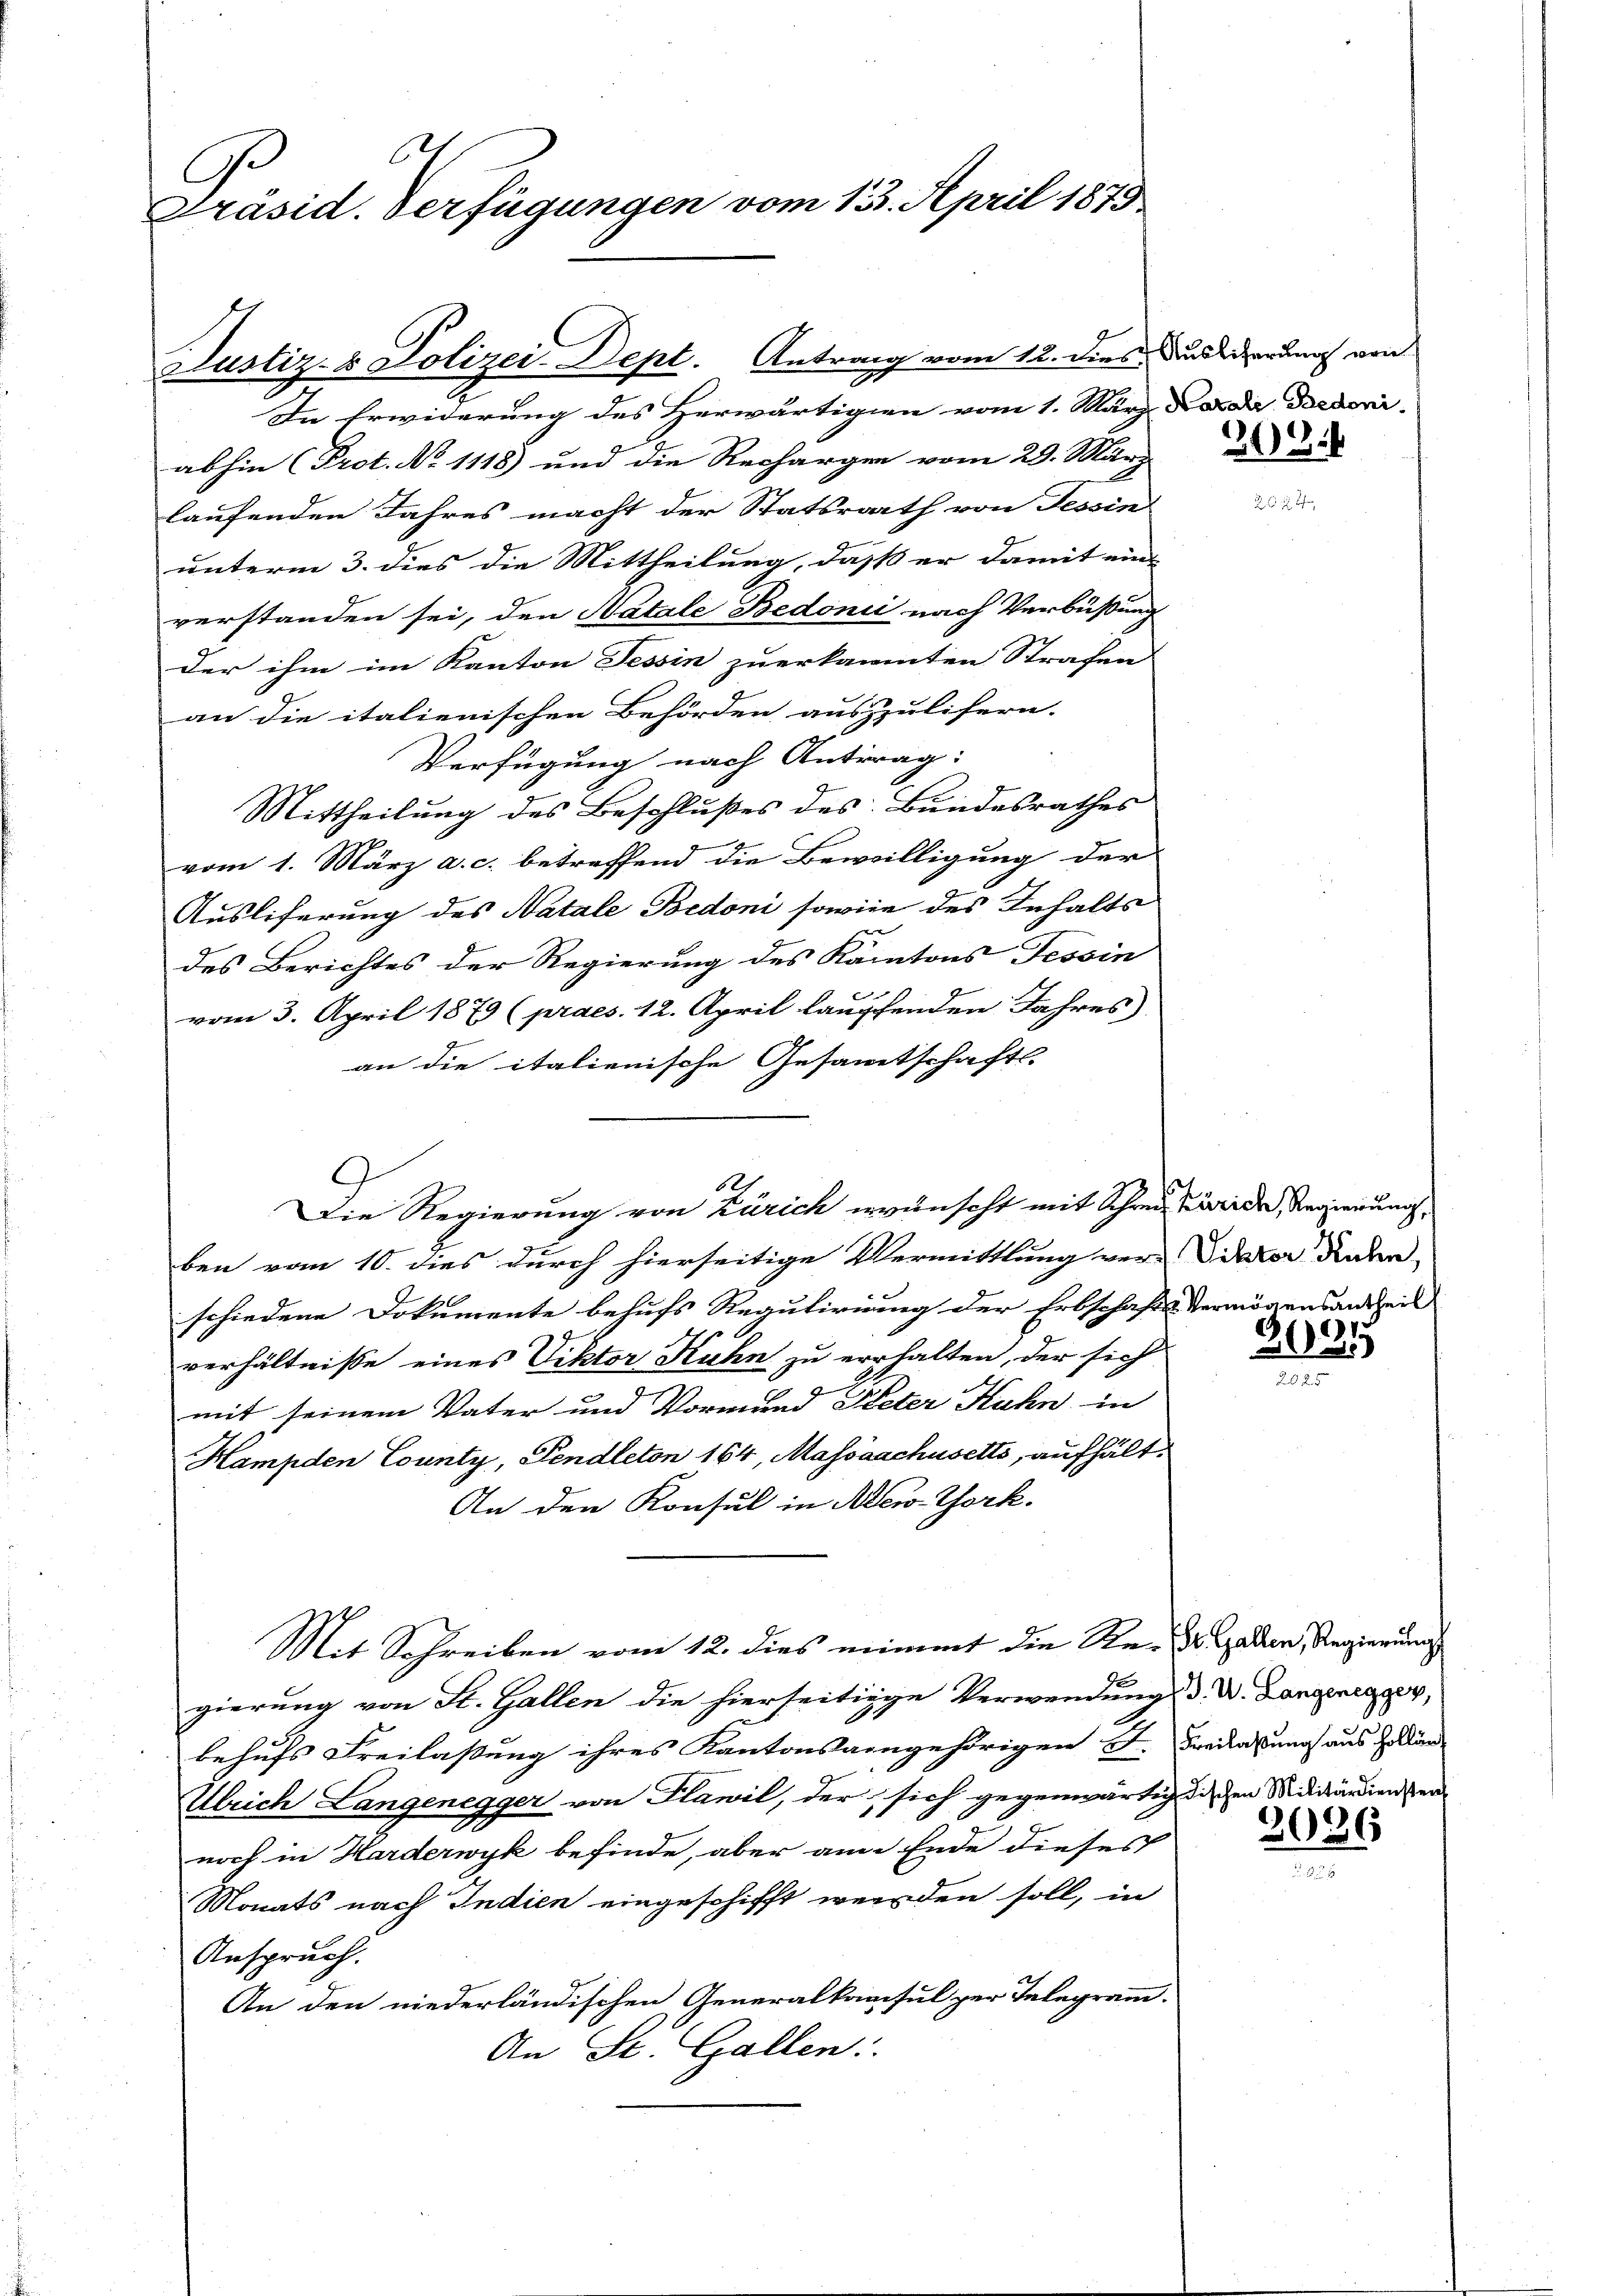
6
C
Präsid. Verfügungen vom 13. April 1873

.
In Erwiderung des Herwärtigen vom 1. März da der Doctorii
abhin (Prot. No 1118) und die Rechargen vom 29. März
laufenden Jahres macht der Statsrath von Tessin
unterm 3. dies die Mittheilung, daß er damit ein
verstanden sei, den Natale Bedonii nach Verbüßung
der ihm im Kanton Tessin zu erkannten Strafen
an die italienischen Behörden auszulifern.
Verfügung nach Antrag:
Mittheilung des Beschlußes des Bundesrathes
vom 1. März a. c. betreffend die Bewilligung der
Ausliferung des Natale Bedoni sowie des Inhalts
H
des Berichtes der Regierung des Kantons Tessin
vom 3. April 1879 (praes. 12. April laupfenden Jahres
an die italienische Gesammtschaftl
g
ben vom 10. dies durch hierseitige Vermittlung ver-Pater Inden
schiedene Dokumente behufs Regulirung der Erbschafts Vermögensantheil
verhältnisse eines Viktor Kuhn zu erhalten, der sich
mit seinem Vater und Vormund Peter Kuhn in
Hampden County, Fendleton 164, Massaschusetts, aufhält-
An den Konsul in New-York.
Mit Schreiben vom 12. dies nimmt die Re- Gaden, Regierungs
gierung von St. Gallen die hierseitige Verwendung d. D. Langenegger,
behufs Freilaßung ihres Kantonsangehörigen Fr. Freilassung aus E. Stän
Ulrich Langenegger von Plawil, der, sich gegenwärtig diechen Militärdienennoch in Harderwyk befinde, aber am Ende dieses
Monats nach Indien eingeschifft werden soll, in
Anspruch.
An den niederländischen Generalkonsul zur Telegramm.
An St. Gallen:

Justiz- & Polizei-Dept. Antrag vom 12. dies Ausserung von

1.
Die Regierung von Zürich erwünscht mit Schreiz Kurie Regierung,

203.

e
21
.

2086